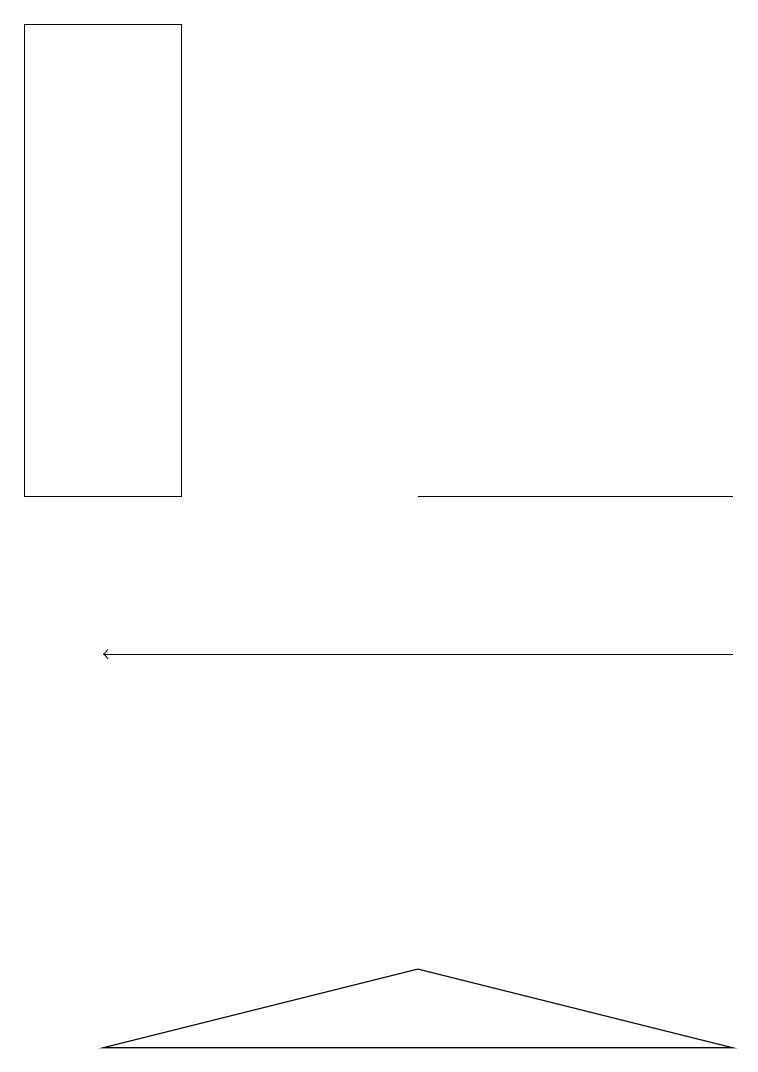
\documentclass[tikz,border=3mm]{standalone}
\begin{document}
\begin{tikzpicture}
\draw (0,13) rectangle (2,19);
\draw[->] (9,11) -- (1,11);
\draw (5,13) rectangle (9,13);
\draw (1,6) -- (5,7) -- (9,6) -- cycle;
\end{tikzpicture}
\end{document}